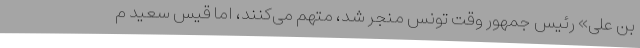
بن علی» رئیس جمهور وقت تونس منجر شد، متهم می‌کنند، اما قیس سعید م